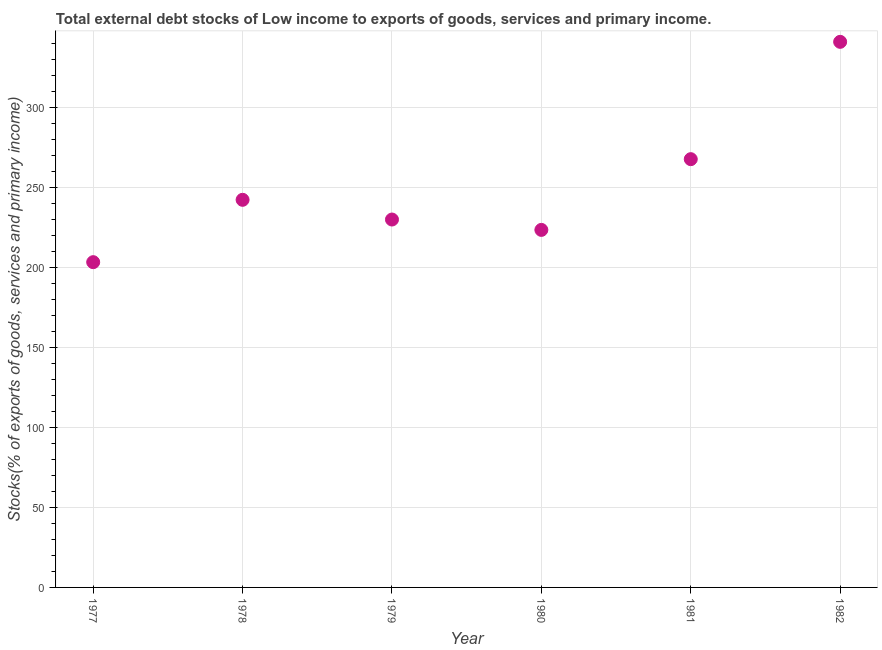
| Year | External debt stocks (% of exports of goods |
 | --- | --- |
 | 1977 | 203 |
 | 1978 | 242 |
 | 1979 | 230 |
 | 1980 | 223 |
 | 1981 | 268 |
 | 1982 | 341 |